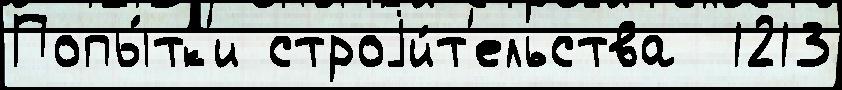
Попы́тк'и строjи́т'ельства  1213